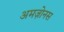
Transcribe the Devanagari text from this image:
अमज़ोनस